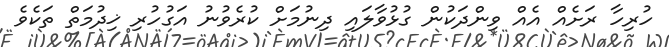
ހުރިހާ ރަށެއް އެއް ވިންދަކުން ގުޅުވާލައި ދިނުމަށް ކުރެވުނު އަގުހުރި ޚިދުމަތް ތަކެވެ